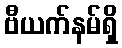
ဗီယက်နမ်ရှိ